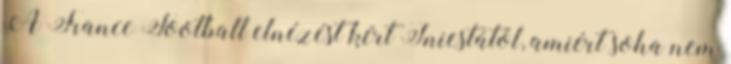
A France Football elnézést kért Iniestától, amiért soha nem